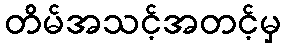
တိမ်အသင့်အတင့်မှ